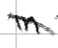
Text: in
Cross-out: diagonal
Writing tool: digital_black